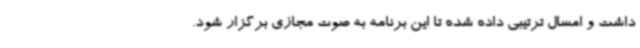
داشت و امسال ترتیبی داده شده تا این برنامه به صوت مجازی برگزار شود.